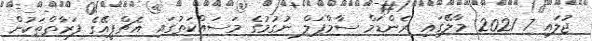
ޖުލައި 7 2021: މާލޭގައި ރެންޑަމް ސާމްޕަލް ނުގުމުގެ މަސައްކަތުގައި އެޗްޕީއޭގެ ފަރާތްތަކުން